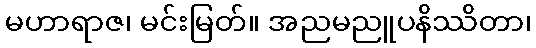
မဟာရာဇ၊ မင်းမြတ်။ အညမညူပနိဿိတာ၊